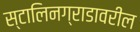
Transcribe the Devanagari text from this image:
स्टालिनग्राडावरील